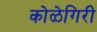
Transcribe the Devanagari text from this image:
कोळेगिरी